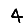
Digit: 4